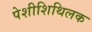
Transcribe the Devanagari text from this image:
पेशीशिथिलक